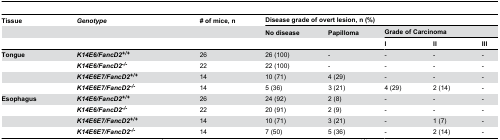
<table><thead><tr><td><b>Tissue</b></td><td><b><i>Genotype</i></b></td><td><b># of mice, n</b></td><td colspan="5"><b>Disease grade of overt lesion, n (%)</b></td></tr><tr><td></td><td></td><td></td><td><b>No disease</b></td><td><b>Papilloma</b></td><td colspan="3"><b>Grade of Carcinoma</b></td></tr><tr><td></td><td></td><td></td><td></td><td></td><td><b>I</b></td><td><b>II</b></td><td><b>III</b></td></tr></thead><tbody><tr><td><b>Tongue</b></td><td><b><i>K14E6/FancD2</i><sup><i>+/+</i></sup></b></td><td>26</td><td>26 (100)</td><td>-</td><td>-</td><td>-</td><td>-</td></tr><tr><td></td><td><b><i>K14E6/FancD2</i><sup><i>-/-</i></sup></b></td><td>22</td><td>22 (100)</td><td>-</td><td>-</td><td>-</td><td>-</td></tr><tr><td></td><td><b><i>K14E6E7/FancD2</i><sup><i>+/+</i></sup></b></td><td>14</td><td>10 (71)</td><td>4 (29)</td><td>-</td><td>-</td><td>-</td></tr><tr><td></td><td><b><i>K14E6E7/FancD2</i><sup><i>-/-</i></sup></b></td><td>14</td><td>5 (36)</td><td>3 (21)</td><td>4 (29)</td><td>2 (14)</td><td>-</td></tr><tr><td><b>Esophagus</b></td><td><b><i>K14E6/FancD2</i><sup><i>+/+</i></sup></b></td><td>26</td><td>24 (92)</td><td>2 (8)</td><td>-</td><td>-</td><td>-</td></tr><tr><td></td><td><b><i>K14E6/FancD2</i><sup><i>-/-</i></sup></b></td><td>22</td><td>20 (91)</td><td>2 (9)</td><td>-</td><td>-</td><td>-</td></tr><tr><td></td><td><b><i>K14E6E7/FancD2</i><sup><i>+/+</i></sup></b></td><td>14</td><td>10 (71)</td><td>3 (21)</td><td>-</td><td>1 (7)</td><td>-</td></tr><tr><td></td><td><b><i>K14E6E7/FancD2</i><sup><i>-/-</i></sup></b></td><td>14</td><td>7 (50)</td><td>5 (36)</td><td>-</td><td>2 (14)</td><td>-</td></tr></tbody></table>